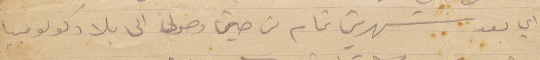
أي بعد شهرين بتمام من حين وصولي الى بلاد كولومبيا